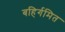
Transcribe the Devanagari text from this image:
बहिर्गमित